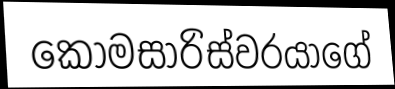
කොමසාරිස්වරයාගේ